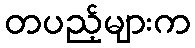
တပည့်များက